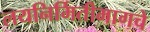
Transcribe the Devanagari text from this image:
लयनिर्मितीमागचे